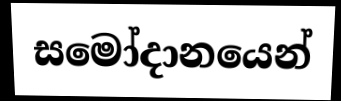
සමෝදානයෙන්